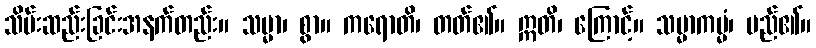
သိမ်းဆည်းခြင်းအနက်တည်း။ သမ္မာ၊ စွာ။ ကရောတိ၊ တတ်၏။ ဣတိ၊ ကြောင့်။ သမ္မာကမ္မံ၊ မည်၏။